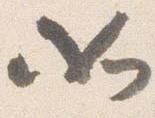
如